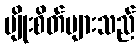
မျိုးစိတ်များသည်